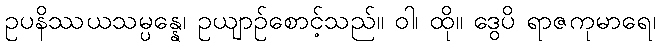
ဥပနိဿယသမ္ပန္နေ၊ ဥယျာဉ်စောင့်သည်။ ဝါ၊ ထို။ ဒွေပိ ရာဇကုမာရေ၊